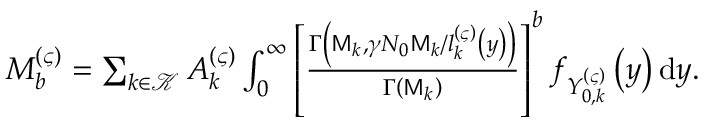
\begin{array} { r } { M _ { b } ^ { \left( \varsigma \right) } = \sum _ { k \in \mathcal { K } } { A _ { k } ^ { \left( \varsigma \right) } \int _ { 0 } ^ { \infty } { \left[ \frac { \Gamma \left( \mathsf { M } _ { k } , \gamma N _ { 0 } \mathsf { M } _ { k } / l _ { k } ^ { \left( \varsigma \right) } \left( y \right) \right) } { \Gamma \left( \mathsf { M } _ { k } \right) } \right] ^ { b } f _ { Y _ { 0 , k } ^ { \left( \varsigma \right) } } \left( y \right) \mathrm { d } y } } . } \end{array}